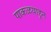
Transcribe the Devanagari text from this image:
पाकळयाहून